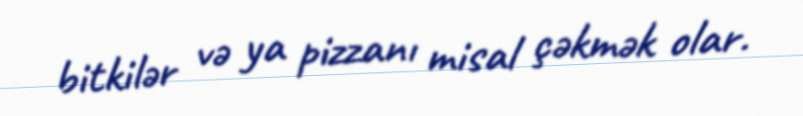
bitkilər və ya pizzanı misal çəkmək olar.